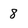
Character: 8